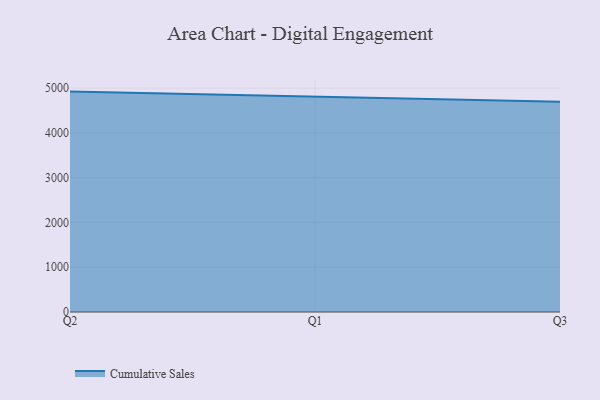
{"axis": {"x": "Quarter", "y": "Page Views"}, "legend": ["Cumulative Sales"], "data": [{"x": "Q2", "y": 4921.5, "type": "Cumulative Sales"}, {"x": "Q1", "y": 4815.2, "type": "Cumulative Sales"}, {"x": "Q3", "y": 4694.5, "type": "Cumulative Sales"}]}